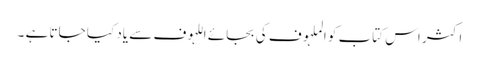
اکثر اس کتاب کو الملہوف کی بجائے اللہوف سے یاد کیا جاتا ہے ۔